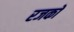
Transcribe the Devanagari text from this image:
रजकों